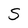
Character: S